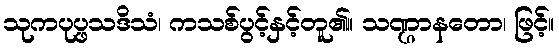
သုကပုပ္ဖသဒိသံ၊ ကသစ်ပွင့်နှင့်တူ၏။ သဏ္ဌာနတော၊ ဖြင့်။